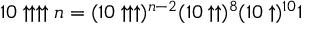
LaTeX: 1 0 \uparrow \uparrow \uparrow \uparrow n = ( 1 0 \uparrow \uparrow \uparrow ) ^ { n - 2 } ( 1 0 \uparrow \uparrow ) ^ { 8 } ( 1 0 \uparrow ) ^ { 1 0 } 1